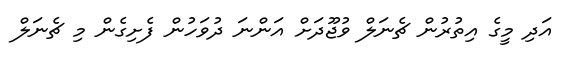
އަދި މީގެ އިތުރުން ޗެނަލް ވުޖޫދަށް އަންނަ ދުވަހުން ފެށިގެން މި ޗެނަލް